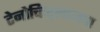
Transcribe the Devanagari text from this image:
टेनोच्टिट्लानचा